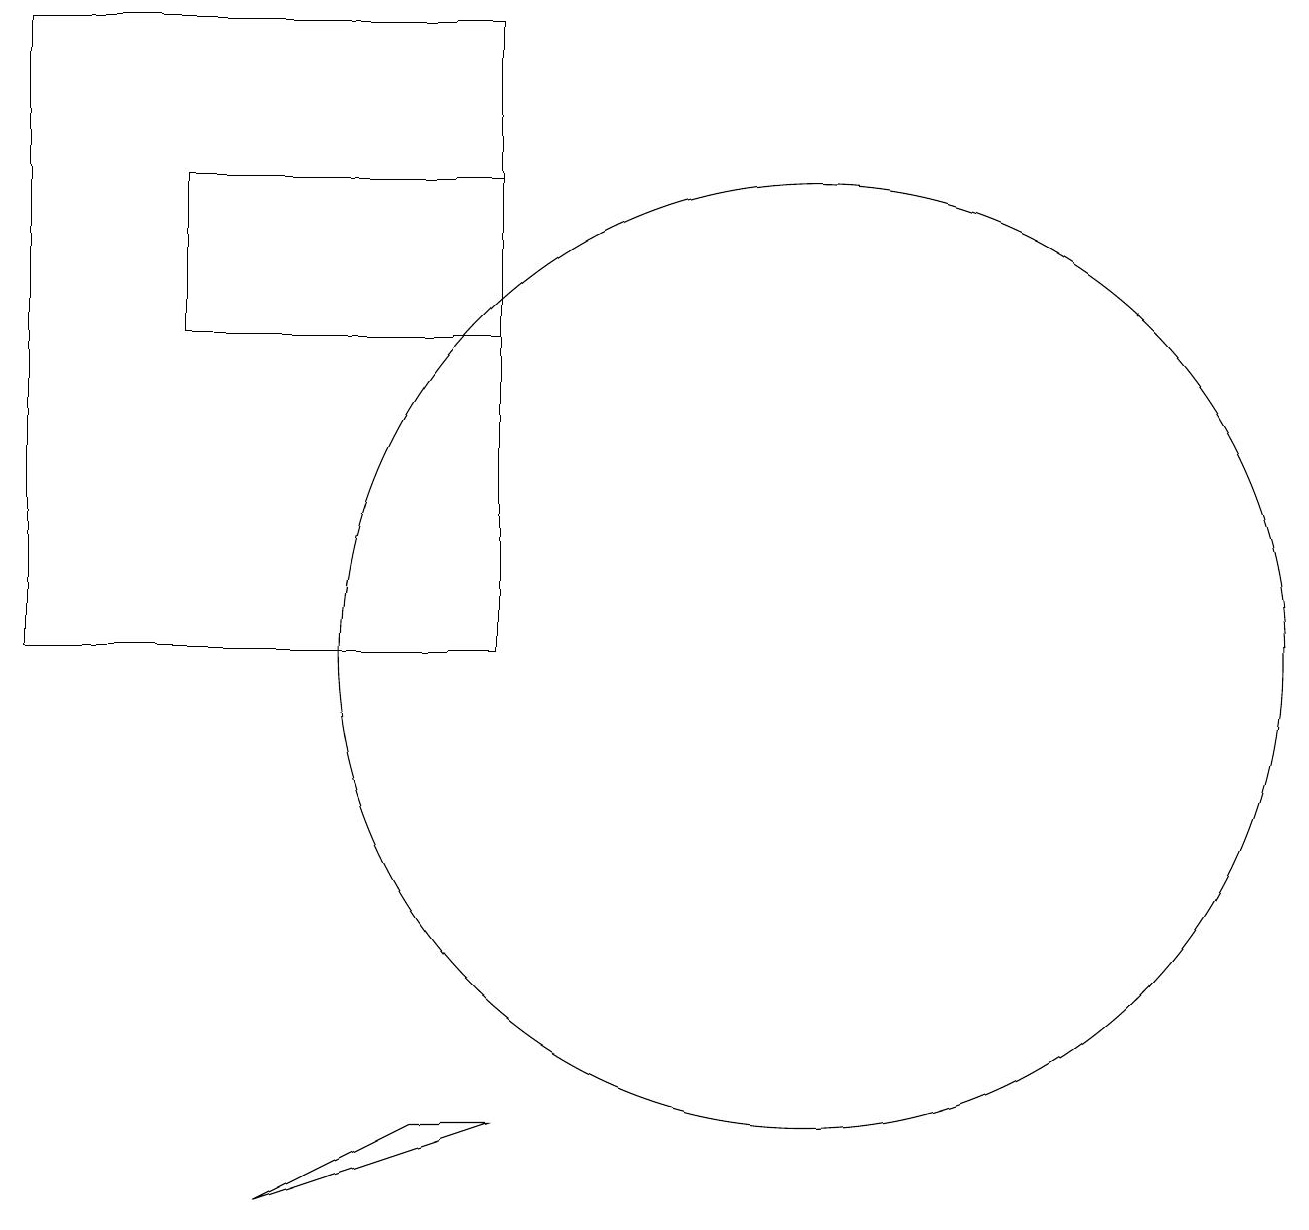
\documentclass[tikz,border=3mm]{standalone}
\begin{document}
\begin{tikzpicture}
\draw (3,16) rectangle (7,14);
\draw (1,18) rectangle (7,10);
\draw (11,10) circle (6);
\draw (7,4) -- (4,3) -- (6,4) -- cycle;
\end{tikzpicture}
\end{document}